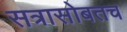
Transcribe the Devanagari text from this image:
सत्रासोबतच